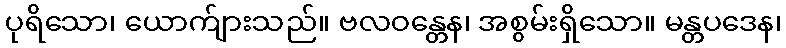
ပုရိသော၊ ယောက်ျားသည်။ ဗလဝန္တေန၊ အစွမ်းရှိသော။ မန္တပဒေန၊